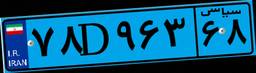
۷۸D۹۶۳۶۸